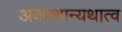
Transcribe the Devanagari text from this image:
अवस्थान्यथात्व